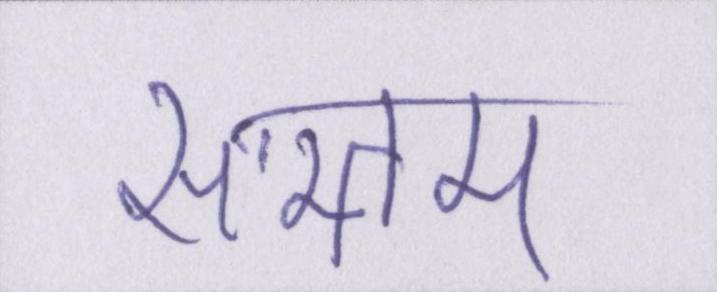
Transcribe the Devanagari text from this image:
सप्तम